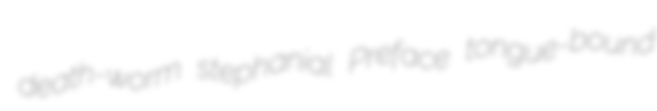
death-worm stephanial Preface tongue-bound